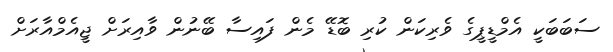
ސަބަބަކީ އެމްޑީޕީގެ ވެރިކަން ކުރި ބޮޑޭ މެން ފައިސާ ބޭނުން ވާއިރަށް ޖީއެމްއާރަށް